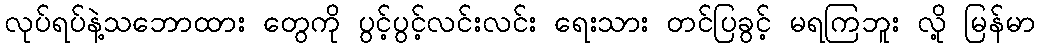
လုပ်ရပ်နဲ့သဘောထား တွေကို ပွင့်ပွင့်လင်းလင်း ရေးသား တင်ပြခွင့် မရကြဘူး လို့ မြန်မာ